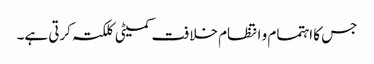
جس کا اہتمام و انتظام خلافت کمیٹی کلکتہ کرتی ہے۔